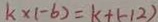
k \times ( - 6 ) = k + ( - 1 2 )